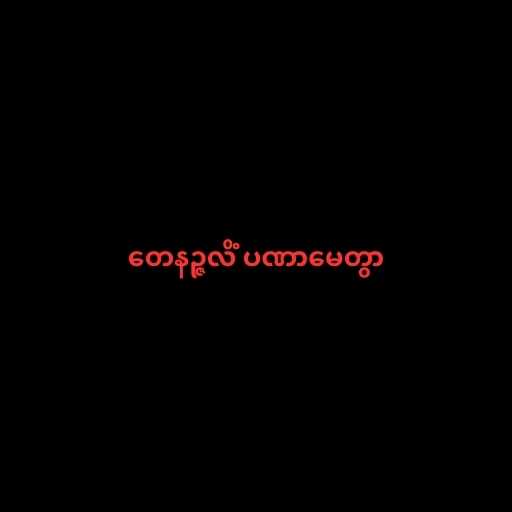
တေနဉ္ဇလိံ ပဏာမေတွာ